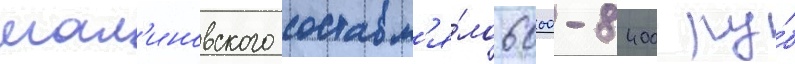
мал'иновского составл'я́ло 6000-8400 ру́б